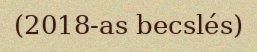
(2018-as becslés)